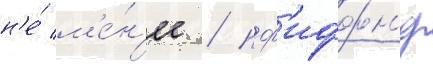
н'е́ м'е́н'ее / пф'иффн'ер